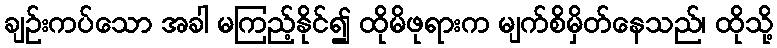
ချဉ်းကပ်သော အခါ မကြည့်နိုင်၍ ထိုမိဖုရားက မျက်စိမှိတ်နေသည်၊ ထိုသို့